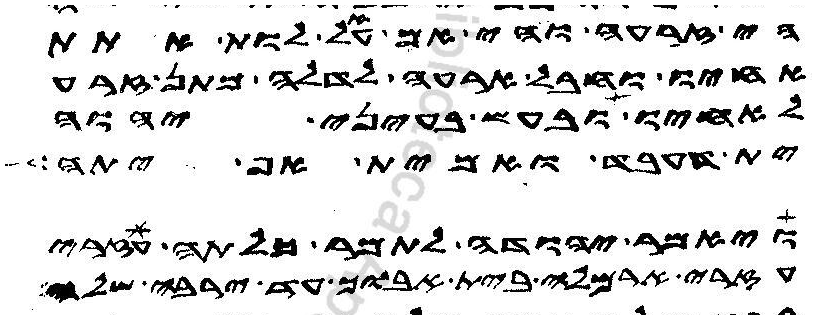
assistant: הי זרעה והי אם עאל לות אתת
אחיו וחבל ארעה לדלה מתן זרע
לאחיו ובעש בעיני יהוה
ית דעבד ואמית אף יתה
ויאמר יהודה לתמר כלתה עזרי
עזרי ארמלה בית אבוך עד ירבה שלה